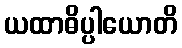
ယထာဓိပ္ပါယောတိ